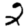
Digit: 2